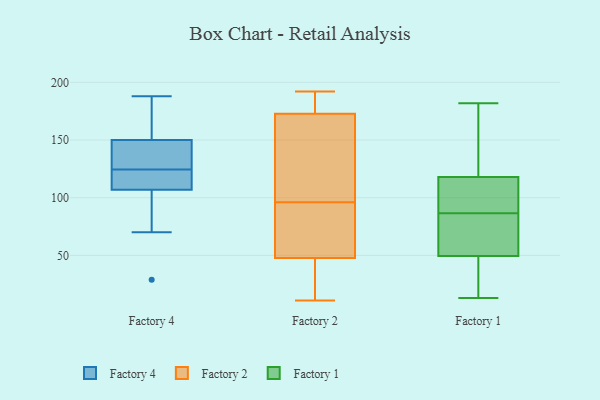
{"axis": {"x": "Budget (USD K)", "y": "Value"}, "legend": ["Factory 1", "Factory 2", "Factory 4"], "data": [{"x": "", "y": 150, "type": "Factory 4"}, {"x": "", "y": 157, "type": "Factory 4"}, {"x": "", "y": 103, "type": "Factory 4"}, {"x": "", "y": 29, "type": "Factory 4"}, {"x": "", "y": 117, "type": "Factory 4"}, {"x": "", "y": 147, "type": "Factory 4"}, {"x": "", "y": 129, "type": "Factory 4"}, {"x": "", "y": 120, "type": "Factory 4"}, {"x": "", "y": 107, "type": "Factory 4"}, {"x": "", "y": 188, "type": "Factory 4"}, {"x": "", "y": 86, "type": "Factory 4"}, {"x": "", "y": 167, "type": "Factory 4"}, {"x": "", "y": 70, "type": "Factory 4"}, {"x": "", "y": 128, "type": "Factory 4"}, {"x": "", "y": 121, "type": "Factory 4"}, {"x": "", "y": 149, "type": "Factory 4"}, {"x": "", "y": 108, "type": "Factory 4"}, {"x": "", "y": 169, "type": "Factory 4"}, {"x": "", "y": 35, "type": "Factory 2"}, {"x": "", "y": 163, "type": "Factory 2"}, {"x": "", "y": 185, "type": "Factory 2"}, {"x": "", "y": 124, "type": "Factory 2"}, {"x": "", "y": 27, "type": "Factory 2"}, {"x": "", "y": 11, "type": "Factory 2"}, {"x": "", "y": 96, "type": "Factory 2"}, {"x": "", "y": 65, "type": "Factory 2"}, {"x": "", "y": 153, "type": "Factory 2"}, {"x": "", "y": 160, "type": "Factory 2"}, {"x": "", "y": 56, "type": "Factory 2"}, {"x": "", "y": 183, "type": "Factory 2"}, {"x": "", "y": 176, "type": "Factory 2"}, {"x": "", "y": 91, "type": "Factory 2"}, {"x": "", "y": 25, "type": "Factory 2"}, {"x": "", "y": 187, "type": "Factory 2"}, {"x": "", "y": 192, "type": "Factory 2"}, {"x": "", "y": 45, "type": "Factory 2"}, {"x": "", "y": 67, "type": "Factory 2"}, {"x": "", "y": 45, "type": "Factory 1"}, {"x": "", "y": 112, "type": "Factory 1"}, {"x": "", "y": 74, "type": "Factory 1"}, {"x": "", "y": 114, "type": "Factory 1"}, {"x": "", "y": 182, "type": "Factory 1"}, {"x": "", "y": 52, "type": "Factory 1"}, {"x": "", "y": 22, "type": "Factory 1"}, {"x": "", "y": 64, "type": "Factory 1"}, {"x": "", "y": 94, "type": "Factory 1"}, {"x": "", "y": 79, "type": "Factory 1"}, {"x": "", "y": 112, "type": "Factory 1"}, {"x": "", "y": 13, "type": "Factory 1"}, {"x": "", "y": 160, "type": "Factory 1"}, {"x": "", "y": 47, "type": "Factory 1"}, {"x": "", "y": 125, "type": "Factory 1"}, {"x": "", "y": 26, "type": "Factory 1"}, {"x": "", "y": 97, "type": "Factory 1"}, {"x": "", "y": 158, "type": "Factory 1"}, {"x": "", "y": 122, "type": "Factory 1"}, {"x": "", "y": 61, "type": "Factory 1"}]}